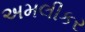
અમલીકર